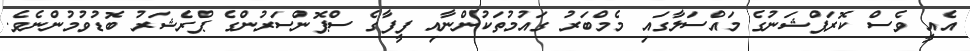
އެއީ ވެސް ކޮރަޕްޝަނުގެ މައްސަލާގައި މެމްބަރު ގައުމުތަކުންނާއި ފީފާގެ ސްޕޮންސަރުންގެ ޕްރެޝަރު ބޮޑުވުމުންނެވެ.